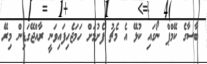
ބާސާގެ ކޭމްޕް ނޯގައި ކުޅޭ އެ މެޗު ފެށުމަށް ހަމަޖެހިފައިވަނީ ރާއްޖޭގަޑިން މިރޭ